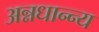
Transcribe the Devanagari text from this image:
अन्नधान्न्य